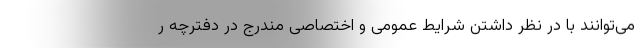
می‌توانند با در نظر داشتن شرایط عمومی و اختصاصی مندرج در دفترچه ر